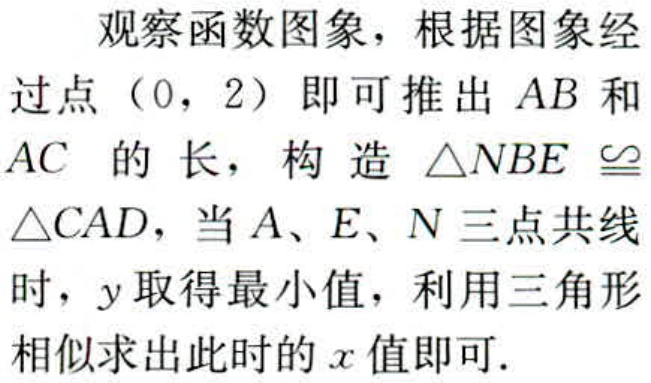
观察函数图象，根据图象经过点（0，2）即可推出 \(AB\) 和 \(AC\) 的长，构造 \(\triangle NBE\cong\triangle CAD\)，当 \(A、E、N\) 三点共线时，\(y\) 取得最小值，利用三角形相似求出此时的 \(x\) 值即可.